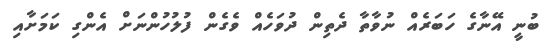
ބުނީ އޭނާގެ ހަބަރެއް ނުވާތާ ދެތިން ދުވަހެއް ވެގެން ފުލުހުންނަށް އެންގި ކަމަށާއި